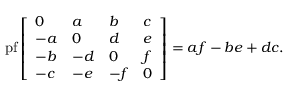
\operatorname { p f } { \left[ \begin{array} { l l l l } { 0 } & { a } & { b } & { c } \\ { - a } & { 0 } & { d } & { e } \\ { - b } & { - d } & { 0 } & { f } \\ { - c } & { - e } & { - f } & { 0 } \end{array} \right] } = a f - b e + d c .